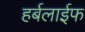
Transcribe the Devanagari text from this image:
हर्बलाईफ